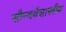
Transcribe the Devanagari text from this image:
सौन्दर्यशास्त्रीय